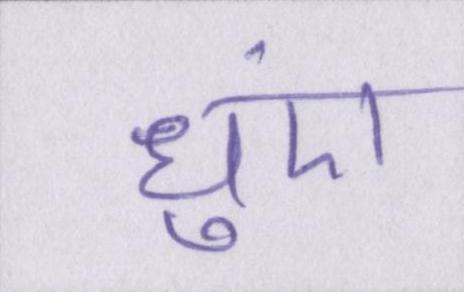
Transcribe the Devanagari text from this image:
धुएं